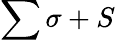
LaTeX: \sum\sigma+S